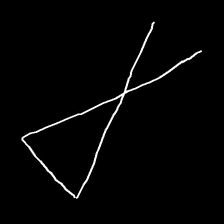
Glyph: collection